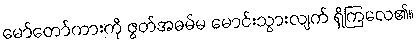
မော်တော်ကားကို ဇွတ်အဓမ်မ မောင်းသွားလျက် ရှိကြလေ၏။